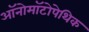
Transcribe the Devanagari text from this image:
ऑनोमॉटोपेथिक